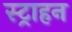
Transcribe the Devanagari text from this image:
स्ट्राहन